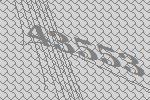
43553